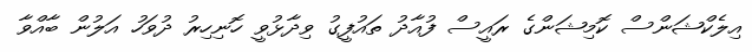
އިލެކްޝަންސް ކޮމިޝަންގެ ރައީސް ފުއާދު ތައުފީގު ވިދާޅުވީ ހޮނިހިރު ދުވަހު އަލުން ބާއްވާ